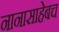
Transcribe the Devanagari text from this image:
नानासाहेबच